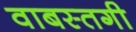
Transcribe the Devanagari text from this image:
वाबस्तगी